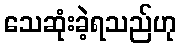
သေဆုံးခဲ့ရသည်ဟု